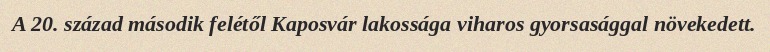
A 20. század második felétől Kaposvár lakossága viharos gyorsasággal növekedett.